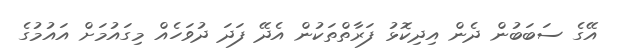
އޭގެ ސަބަބުން ދެން އިދިކޮޅު ފަރާތްތަކުން އެދޭ ފަދަ ދުވަހެއް މިގައުމަށް އައުމުގެ